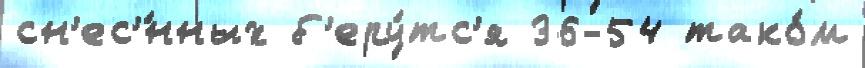
сн'ес'́нных б'еру́тс'я 36-54 тако́м